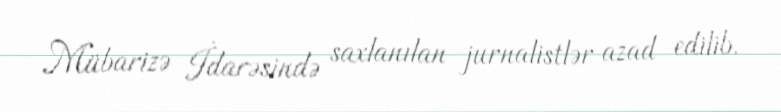
Mübarizə İdarəsində saxlanılan jurnalistlər azad edilib.